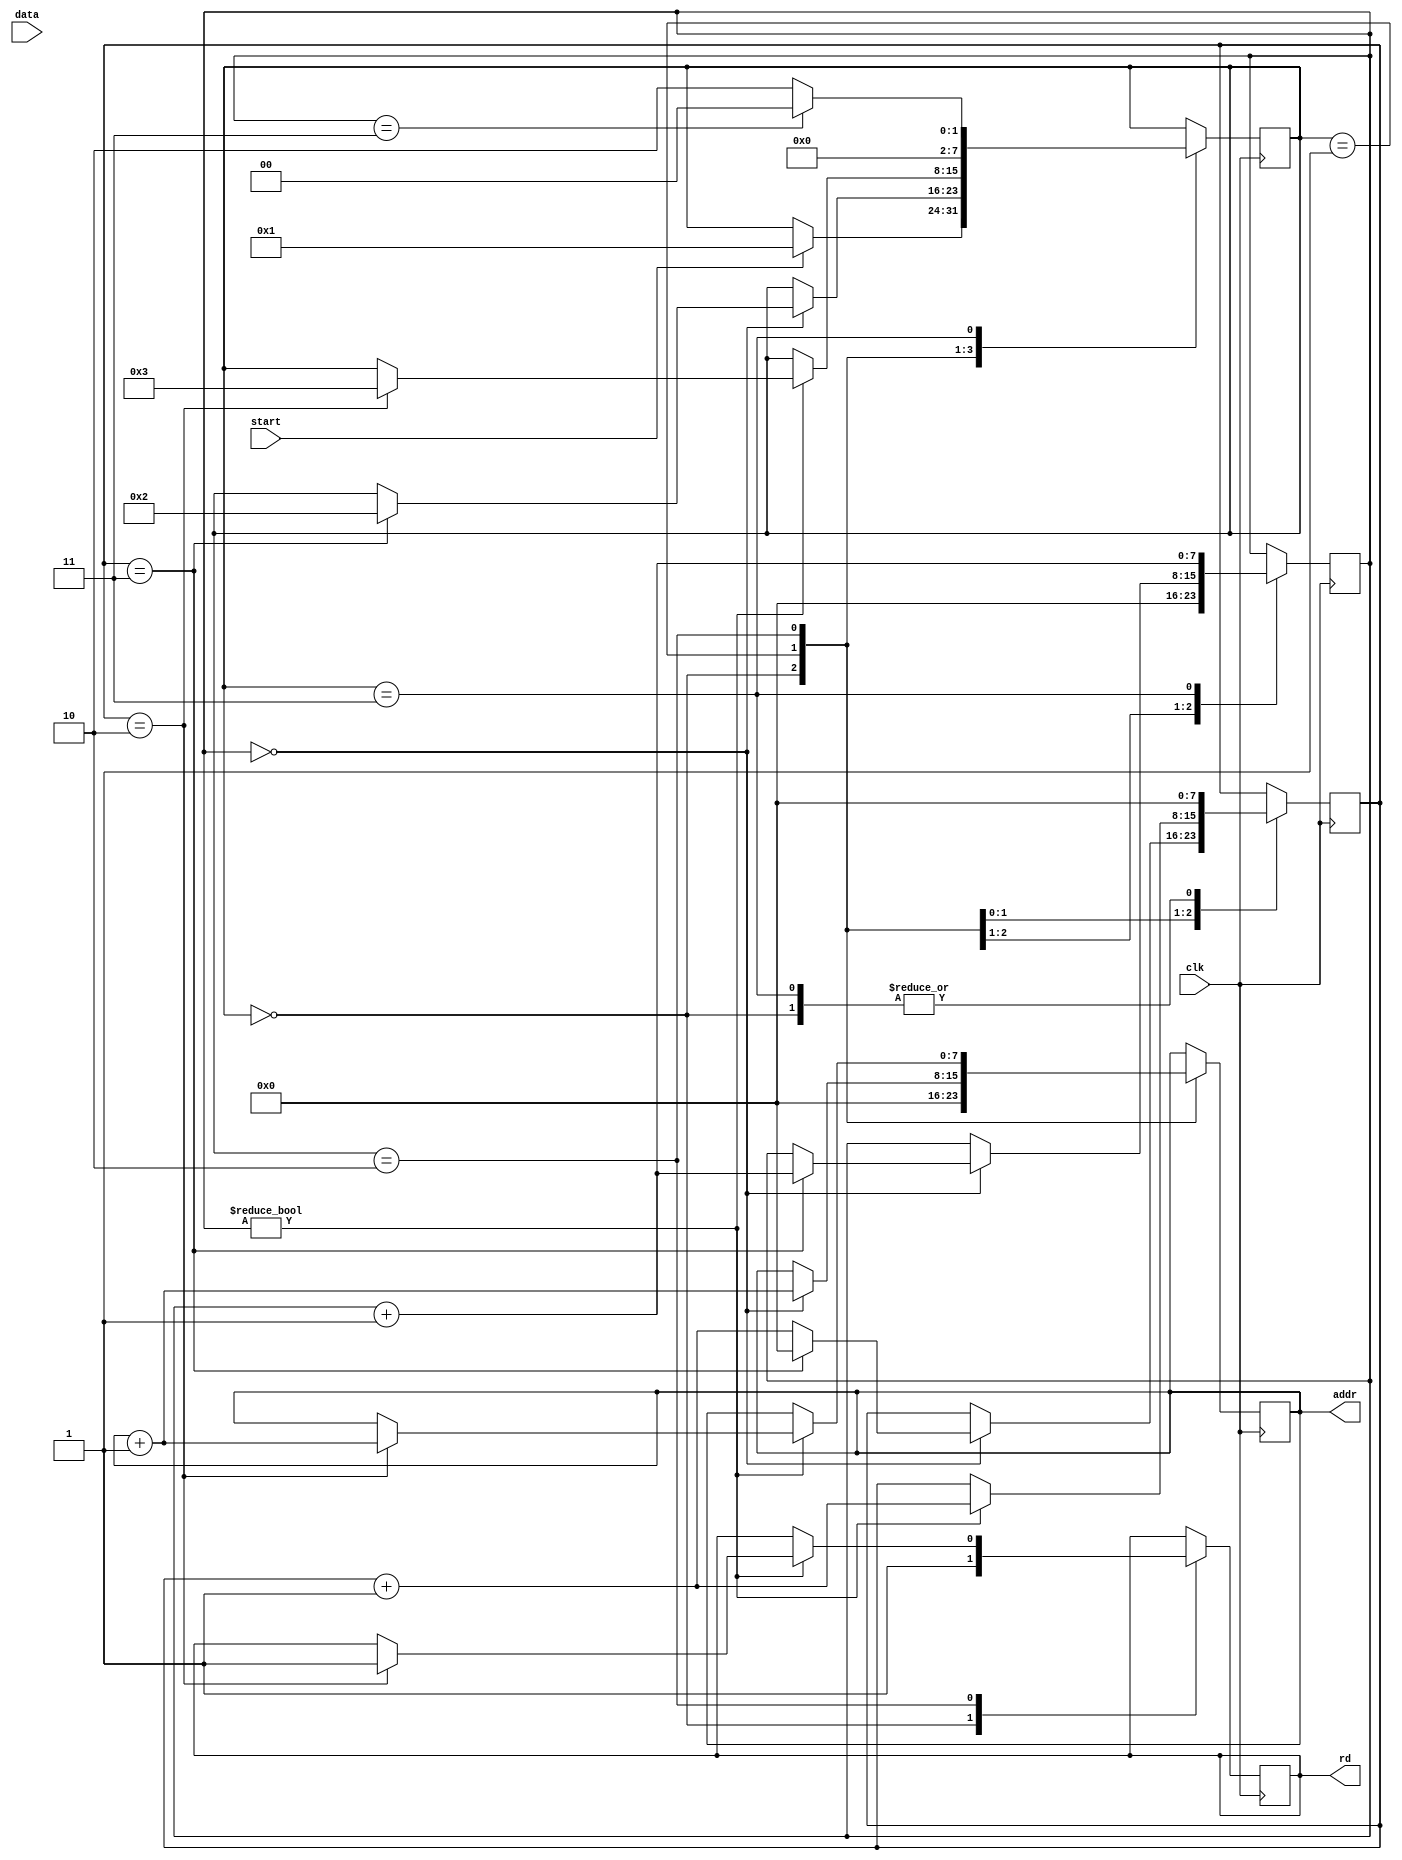
module hankel_matrixd_d #(
	parameter ROW 	= 4,
	parameter COL 	= 4,
	parameter WIDTH	= 16,
	parameter ADDR		= 8

)(
	input 				clk,
	input 				start,
	input		[WIDTH-1:0] 	data,
	output reg	[ADDR-1:0] 	addr,
	output reg			rd
);

reg [WIDTH-1:0] mat [0:ROW-1] [0:COL-1];
reg [7:0] r,c,r_i,c_i,state;
reg		[WIDTH-1:0] 	data_i;
reg	[ADDR-1:0] 	addr_i;
parameter 
	IDLE = 2'b00,
	INIT = 2'b01,
	COPY = 2'b10,
	WRITE= 2'b11;
	
initial begin
	c <= 0;
	r <= 0;
	addr <=0;
	//addr_i <=0;
	rd<=0;
	state <= IDLE;
end



always@(posedge clk) begin
	case(state)
		IDLE: begin
			if(start) 
				state <= INIT;
				rd <=1;				
				r<=0;
				c<=0;
				addr <=0;
		end
		INIT: begin
			if(r==0) begin
				mat[r][c] <= data;
				c <= c+1;
				addr <= addr+1;
				if(c==COL-1) begin	
					c <= 0;
					state <= COPY;
					
					r <= r+1;
				end
			end
		end
		COPY: begin
			if(r!=0) begin		
				mat[r][c] <= mat[r-1][c+1];
				c <= c+1;
				if(c==COL-2)begin
					state <= WRITE;
					rd <= 1;	
					addr <= addr+1;
				end
			end
		end
		WRITE: begin
			
			mat[r][c]<= data;
			state <= COPY;
			r <= r+1;
			c<=0;
			if(r==ROW-1)
				state <= IDLE;
		end
	endcase
end
endmodule